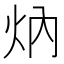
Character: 㶧